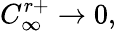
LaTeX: C_{\infty}^{r+}\rightarrow 0,